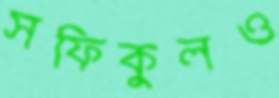
সফিকুলও